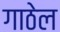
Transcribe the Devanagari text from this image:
गाठेल